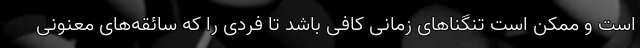
است و ممکن است تنگناهای زمانی کافی باشد تا فردی را که سائقه‌های معنونی